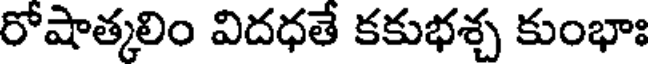
రోషాత్కలిం విదధతే కకుభశ్చ కుంభాః